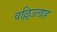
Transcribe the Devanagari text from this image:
वल्लिउलाह